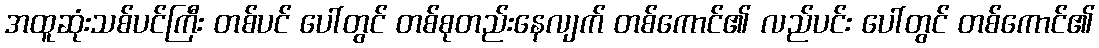
အထူဆုံးသစ်ပင်ကြီး တစ်ပင် ပေါ်တွင် တစ်စုတည်းနေလျက် တစ်ကောင်၏ လည်ပင်း ပေါ်တွင် တစ်ကောင်၏